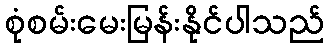
စုံစမ်းမေးမြန်းနိုင်ပါသည်